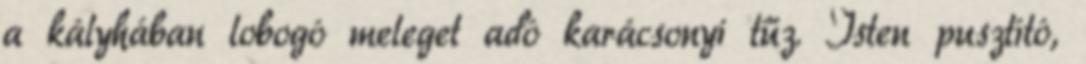
a kályhában lobogó meleget adó karácsonyi tűz. Isten pusztító,